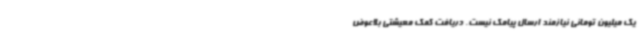
یک میلیون تومانی نیازمند ارسال پیامک نیست. دریافت کمک معیشتی بلاعوض